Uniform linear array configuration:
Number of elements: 8
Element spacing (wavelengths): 0.5
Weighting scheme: binomial
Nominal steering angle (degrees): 15
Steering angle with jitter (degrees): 15.23
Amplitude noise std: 0.05
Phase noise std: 0.05

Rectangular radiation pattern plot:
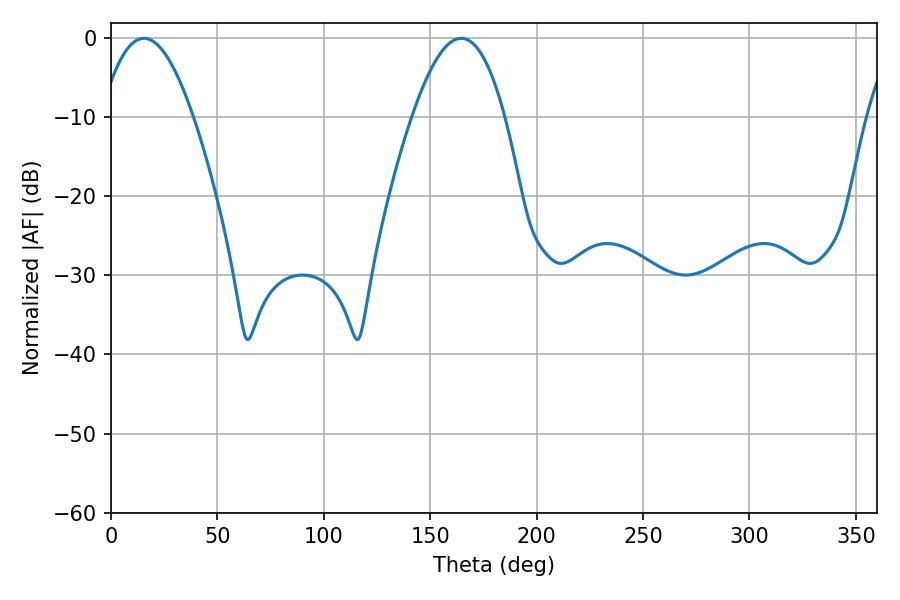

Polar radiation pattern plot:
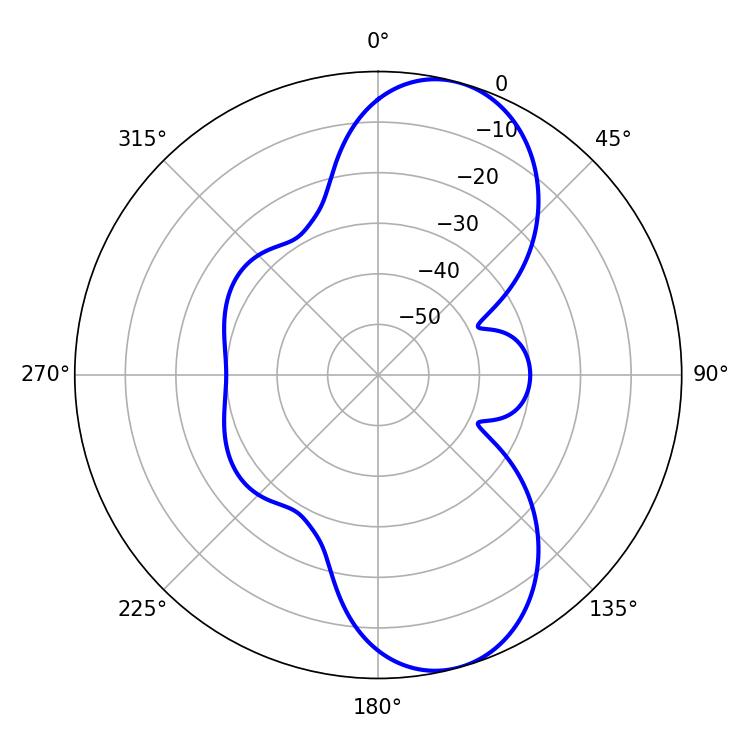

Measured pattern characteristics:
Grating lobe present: FALSE
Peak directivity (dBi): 9.13
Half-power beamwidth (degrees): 23.76
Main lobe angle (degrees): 15.48